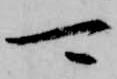
可